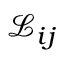
{ \mathcal { L } } _ { i j }